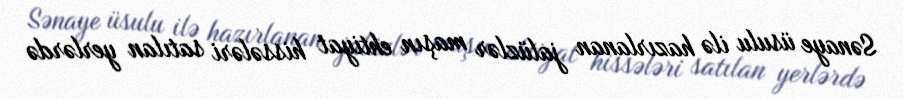
Sənaye üsulu ilə hazırlanan jalüzlər maşın ehtiyat hissələri satılan yerlərdə